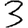
Digit: 3